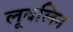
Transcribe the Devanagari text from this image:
लूबलिन